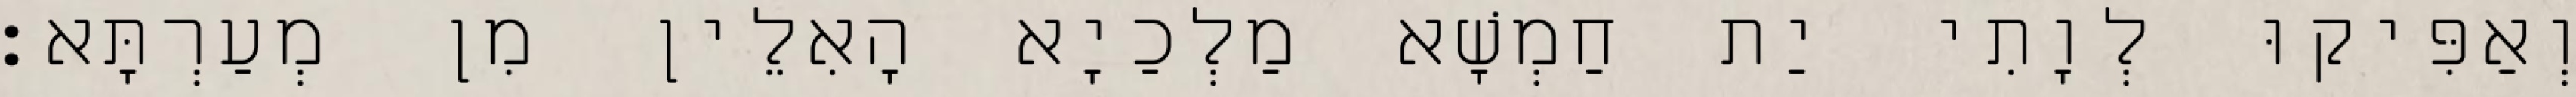
וְאַפִּיקוּ לְוָתִי יַת חַמְשָׁא מַלְכַיָא הָאִלֵין מִן מְעַרְתָּא׃